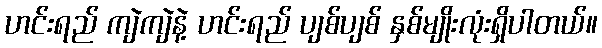
ဟင်းရည် ကျဲကျဲနဲ့ ဟင်းရည် ပျစ်ပျစ် နှစ်မျိုးလုံးရှိပါတယ်။